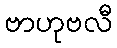
ဗာဟုဗလီ